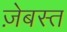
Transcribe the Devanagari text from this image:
ज़ेबस्त